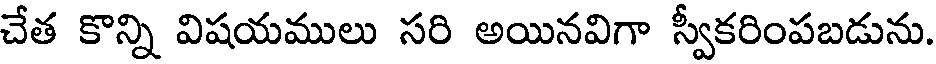
చేత కొన్ని విషయములు సరి అయినవిగా స్వీకరింపబడును.